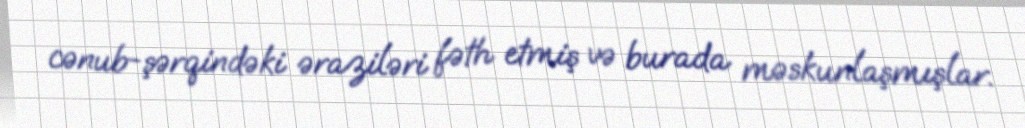
cənub-şərqindəki əraziləri fəth etmiş və burada məskunlaşmışlar.